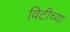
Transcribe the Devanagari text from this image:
विटीच्या